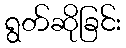
ရွတ်ဆိုခြင်း